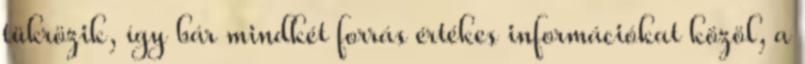
tükrözik, így bár mindkét forrás értékes információkat közöl, a